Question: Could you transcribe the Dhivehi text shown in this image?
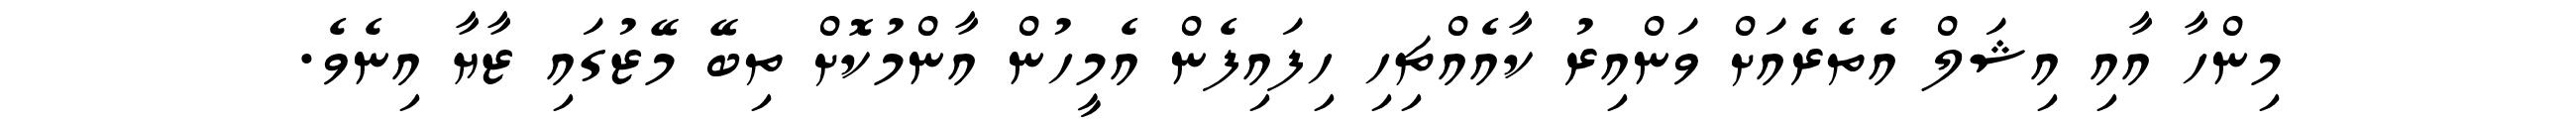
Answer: މިންހާ އާއި އިޝަލް އެތެރެއަށް ވަންއިރު ކާއެއްޗިހި ހިފައިފެން އެމީހުން އާންމުކޮށް ތިބޭ މޭޒުގައި ޒާޔާ އިނެވެ.